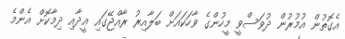
އެގޮތުން އުމުރުން ދުވަސްވީ މީހުންގެ ވާހަކައަށް ބަލާއިރު ރާއްޖޭގައި ޢީދާއި ދިމާކޮށް އެންމެ